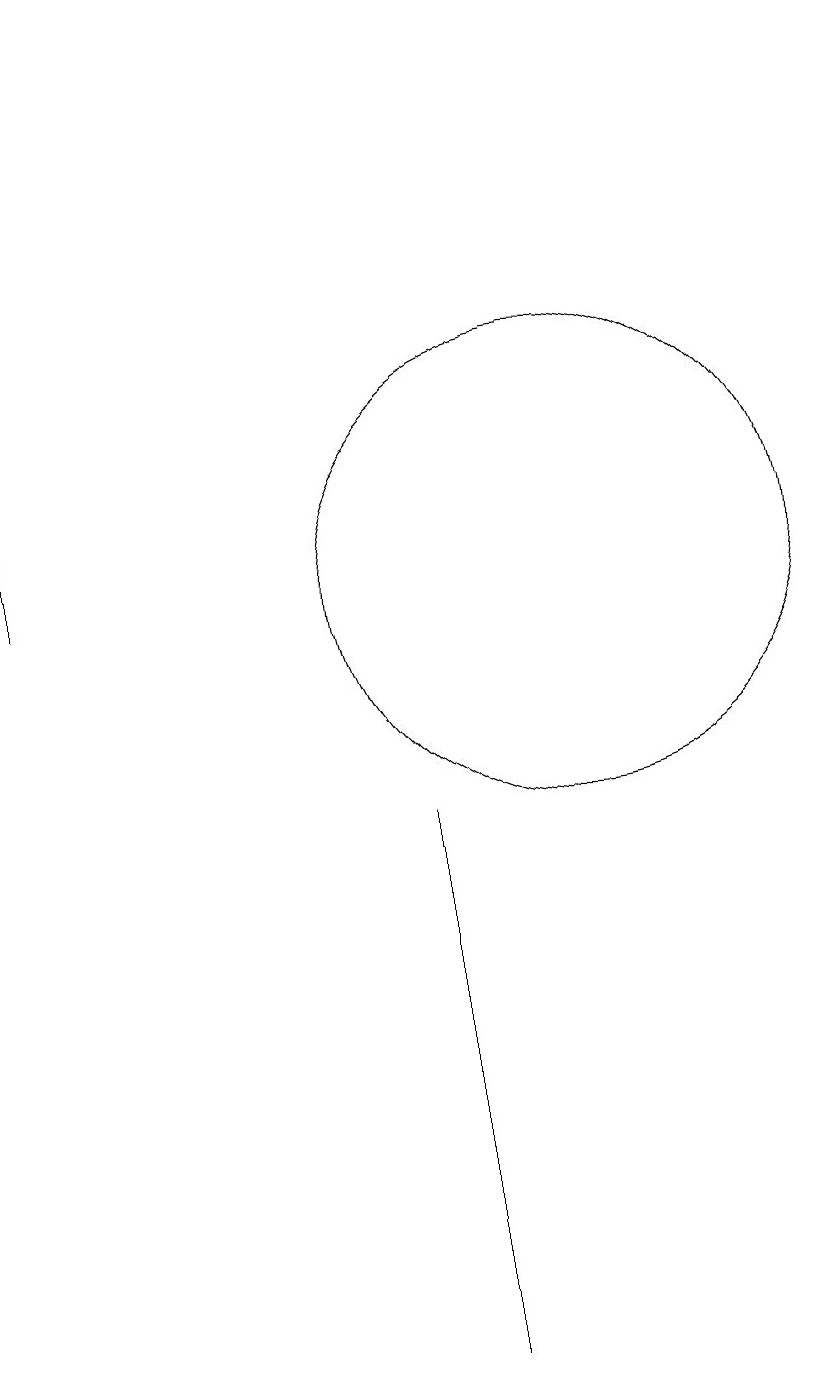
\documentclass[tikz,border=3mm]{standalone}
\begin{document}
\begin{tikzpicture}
\draw (10,11) circle (3);
\draw (8,7) -- (8,1) -- (8,8) -- cycle;
\draw (3,11) rectangle (3,18);
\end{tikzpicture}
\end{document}